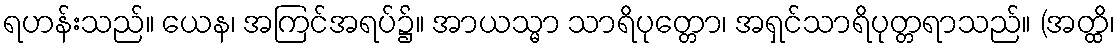
ရဟန်းသည်။ ယေန၊ အကြင်အရပ်၌။ အာယသ္မာ သာရိပုတ္တော၊ အရှင်သာရိပုတ္တရာသည်။ (အတ္ထိ၊